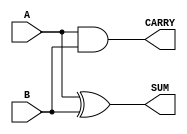
module half_adder_v (input A, input B, output SUM, output CARRY);
	xor(SUM, A, B);
	and(CARRY, A, B);
endmodule